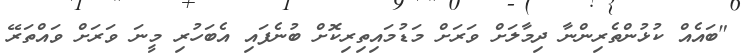
"ބައެއް ކުޅުންތެރިންނާ ދިމާލަށް ވަރަށް މަޑުމައިތިރިކޮށް ބުނެފައި އެބަހުރި މީނަ ވަރަށް ވައްތަރޭ